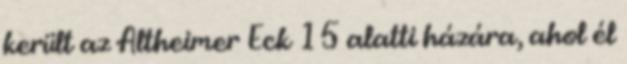
került az Altheimer Eck 15 alatti házára, ahol él